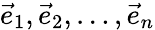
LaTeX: {\vec{e}}_{1},{\vec{e}}_{2},\dots,{\vec{e}}_{n}